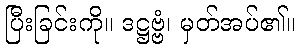
ပြီးခြင်းကို။ ဒဋ္ဌဗ္ဗံ၊ မှတ်အပ်၏။